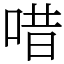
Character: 唶